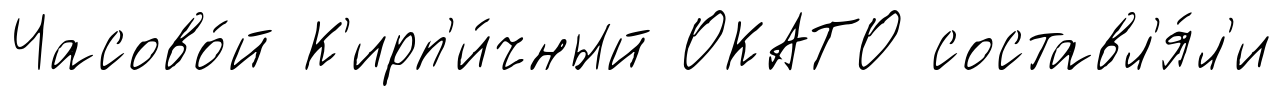
Часово́й К'ирп'и́чный ОКАТО составл'я́л'и